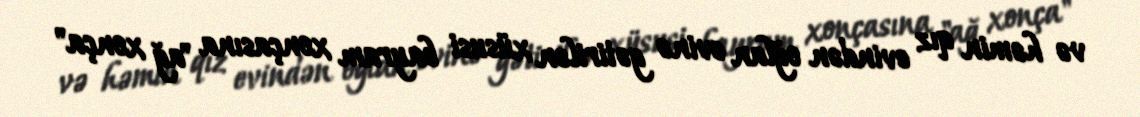
və həmin qız evindən oğlan evinə gətirilən xüsusi bayram xonçasına "ağ xonça"